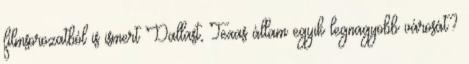
filmsorozatból is ismert Dallast, Texas állam egyik legnagyobb városát?